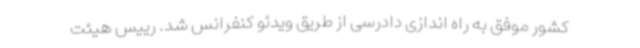
کشور موفق به راه اندازی دادرسی از طریق ویدئو کنفرانس شد. رییس هیئت